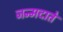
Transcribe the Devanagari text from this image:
जन्मदाते